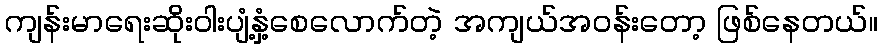
ကျန်းမာရေးဆိုးဝါးပျံ့နှံ့စေလောက်တဲ့ အကျယ်အဝန်းတော့ ဖြစ်နေတယ်။